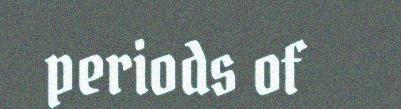
periods of